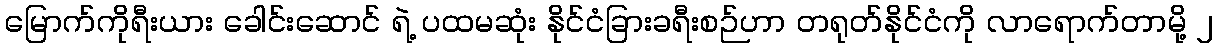
မြောက်ကိုရီးယား ခေါင်းဆောင် ရဲ့ ပထမဆုံး နိုင်ငံခြားခရီးစဉ်ဟာ တရုတ်နိုင်ငံကို လာရောက်တာမို့ ၂